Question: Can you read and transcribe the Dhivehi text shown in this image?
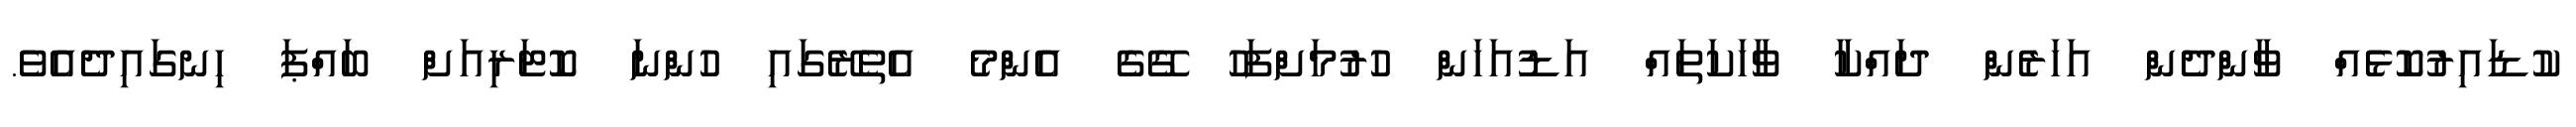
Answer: ކުޑައިރުކޮޅެއް ވާންދެން އަހަރެން ދައްކާ ވާހަކަތައް އަޑުއަހަން ހުރުމަށްފަހު ގޭގެ އެންމެ އެތެރޭގައި ހުންނަ ކޮޓަރިއަށް ބައްޕަ ހިނގައިދެއެވެ.